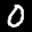
Label: 0